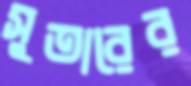
সুতারের